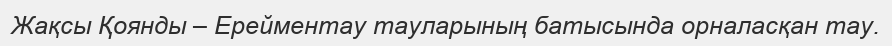
Жақсы Қоянды – Ерейментау тауларының батысында орналасқан тау.